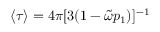
\langle \tau \rangle = 4 \pi [ 3 ( 1 - \tilde { \omega } p _ { 1 } ) ] ^ { - 1 }